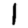
Digit: 1